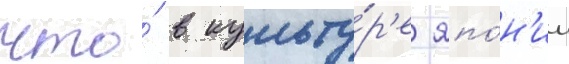
что́ в культу́р'е япо́н'ии